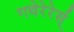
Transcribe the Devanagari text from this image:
गथेरेरेर्स्